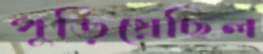
পুড়িয়েছিল